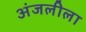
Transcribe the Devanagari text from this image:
अंजलीला